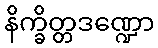
နိက္ခိတ္တဒဏ္ဍော